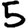
Digit: 5